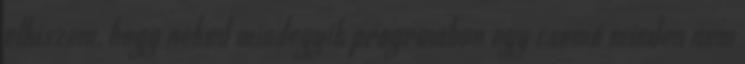
elhiszem, hogy neked mindegyik programban egy csomó minden nem